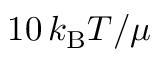
1 0 \, k _ { \mathrm { B } } T / \mu